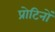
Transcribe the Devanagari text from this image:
प्रोटिनों